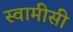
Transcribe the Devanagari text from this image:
स्वामीसी